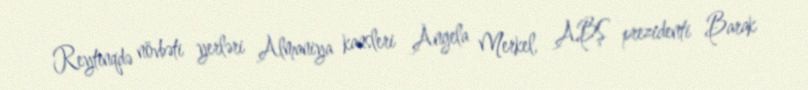
Reytinqdə növbəti yerləri Almaniya kansleri Angela Merkel, ABŞ prezidenti Barak